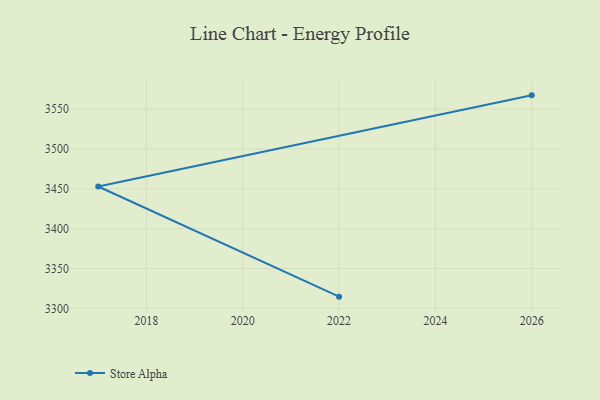
{"axis": {"x": "Year", "y": "Page Views"}, "legend": ["Store Alpha"], "data": [{"x": "2026", "y": 3567.4, "type": "Store Alpha"}, {"x": "2017", "y": 3453.0, "type": "Store Alpha"}, {"x": "2022", "y": 3314.7, "type": "Store Alpha"}]}